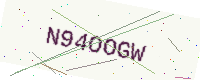
Text: N94OOGW